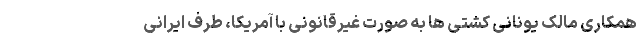
همکاری مالک یونانی کشتی ها به صورت غیرقانونی با آمریکا، طرف ایرانی